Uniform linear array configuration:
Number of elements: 64
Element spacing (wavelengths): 0.5
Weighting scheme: exponential
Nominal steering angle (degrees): -15
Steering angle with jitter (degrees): -16.612
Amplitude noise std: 0.05
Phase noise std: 0.05

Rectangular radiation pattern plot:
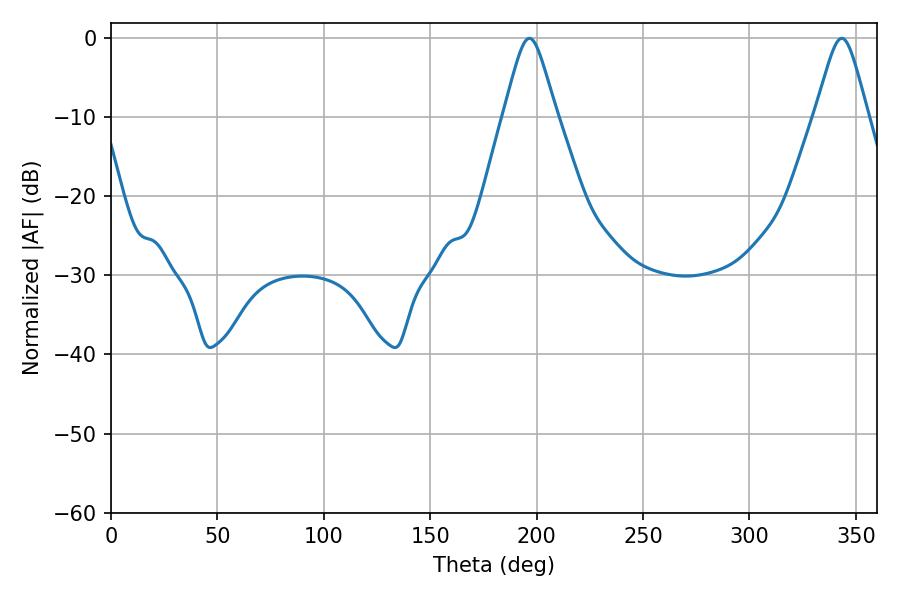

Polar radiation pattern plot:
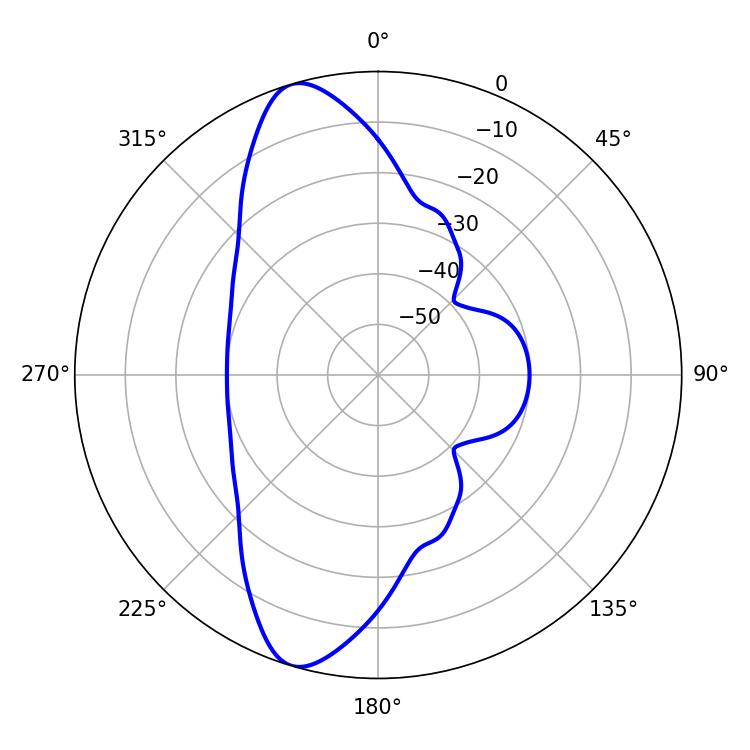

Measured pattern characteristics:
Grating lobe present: FALSE
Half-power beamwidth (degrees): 11.88
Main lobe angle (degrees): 196.56